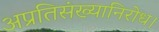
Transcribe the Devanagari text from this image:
अप्रतिसंख्यानिरोध।